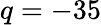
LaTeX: q=-35